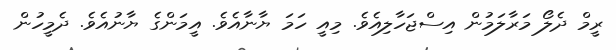
ރީމް ދެލޯ މަރާލަމުން އިސްޖަހާލިއެވެ. މިއީ ހަމަ ޔާނާއެވެ. އީމަންގެ ޔާނުއެވެ. ދެމީހުން